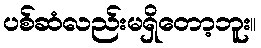
ပစ်ဆံလည်းမရှိတော့ဘူး။